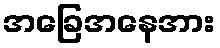
အခြေအနေအား